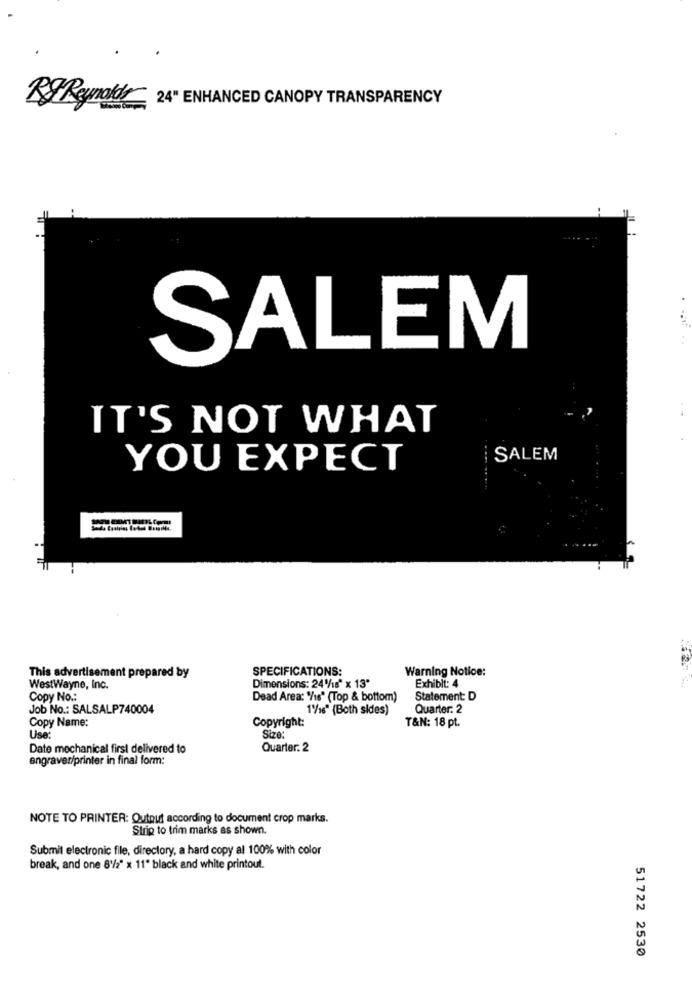
RIReynolds 24" ENHANCED CANOPY TRANSPARENCY
SALEM
IT'S NOT WHAT
SALEM
YOU EXPECT
SPECIFICATIONS:
Warning Notice:
This advertisement prepared by
WestWayne, Inc.
Dimensions: 24 %is" x 13"
Exhibit: 4
Copy No .:
Dead Area: '/16" (Top & bottom)
Statement: D
Job No .: SALSALP740004
1/16" (Both sides)
Quarter. 2
Copy Name:
Copyright:
T&N: 18 pt.
Use:
Size:
Date mechanical first delivered to
Quarter: 2
engraver/printer in final form:
NOTE TO PRINTER: Output according to document crop marks.
Strip to trim marks as shown.
Submit electronic file, directory, a hard copy al 100% with color
break, and one 8/2" x 11" black and white printout.
51722 2530